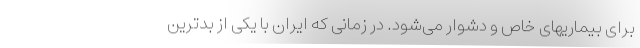
برای بیماریهای خاص و دشوار می‌شود. در زمانی که ایران با یکی از بدترین